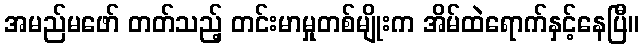
အမည်မဖော် တတ်သည့် တင်းမာမှုတစ်မျိုးက အိမ်ထဲရောက်နှင့်နေပြီ။